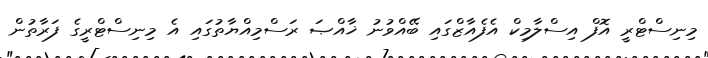
މިނިސްޓްރީ އޮފް އިސްލާމިކް އެފެއާޒްގައި ބޭއްވުނު ޚާއްޞަ ރަސްމިއްޔާތުގައި އެ މިނިސްޓްރީގެ ފަރާތުން